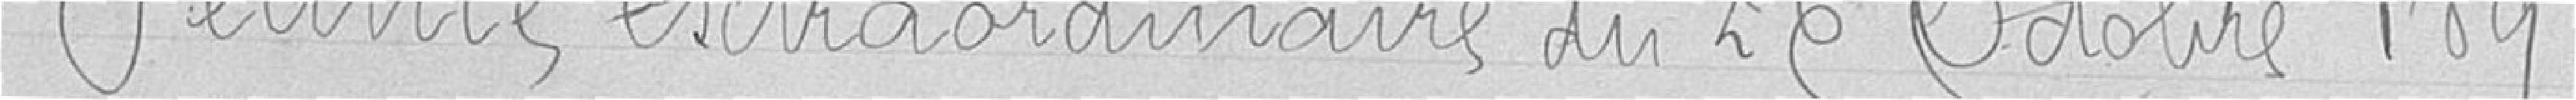
Séance extraordinaire du 26 Octobre 1891